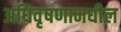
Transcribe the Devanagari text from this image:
अधिवृषणामधील